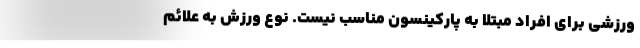
ورزشی برای افراد مبتلا به پارکینسون مناسب نیست. نوع ورزش به علائم